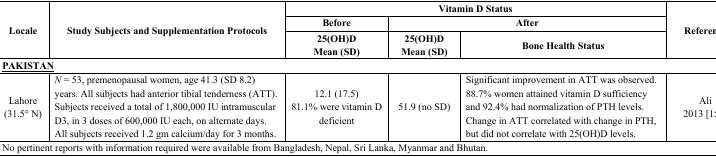
<table><thead><tr><td rowspan="3"><b>Locale</b></td><td rowspan="3"><b>Study Subjects and Supplementation Protocols</b></td><td colspan="3"><b>Vitamin D Status</b></td><td rowspan="3"><b>Reference</b></td></tr><tr><td><b>Before</b></td><td colspan="2"><b>After</b></td></tr><tr><td><b>25(OH)DMean (SD)</b></td><td><b>25(OH)DMean (SD)</b></td><td><b>Bone Health Status</b></td></tr></thead><tbody><tr><td colspan="6"><b><underline>PAKISTAN</underline></b></td></tr><tr><td>Lahore (31.5° N)</td><td><i>N</i> = 53, premenopausal women, age 41.3 (SD 8.2) years. All subjects had anterior tibial tenderness (ATT). Subjects received a total of 1,800,000 IU intramuscular D3, in 3 doses of 600,000 IU each, on alternate days. All subjects received 1.2 gm calcium/day for 3 months.</td><td>12.1 (17.5)81.1% were vitamin D deficient</td><td>51.9 (no SD)</td><td>Significant improvement in ATT was observed. 88.7% women attained vitamin D sufficiency and 92.4% had normalization of PTH levels. Change in ATT correlated with change in PTH, but did not correlate with 25(OH)D levels.</td><td>Ali2013 [155]</td></tr><tr><td colspan="6">No pertinent reports with information required were available from Bangladesh, Nepal, Sri Lanka, Myanmar and Bhutan.</td></tr></tbody></table>